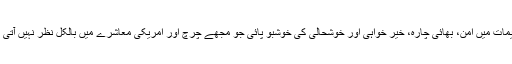
میں نے قرآن اور صاحب قرآن کی تعلیمات میں امن، بھائی چارہ، خیر خواہی اور خوشحالی کی خوشبو پائی جو مجھے چرچ اور امریکی معاشرے میں بالکل نظر نہیں آتی بلکہ اس کا تصور بھی نہیں کر سکتی۔